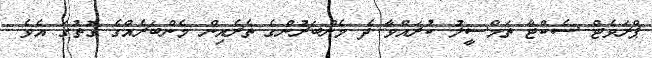
ޕްރަވެޓް ސެކްޓާ ތަމްސީލު ކުރައްވާ ދެ މެންބަރުންގެ ތެރެއިން މެންބަރެއްްގެ ގޮތުގަ އެވެ.